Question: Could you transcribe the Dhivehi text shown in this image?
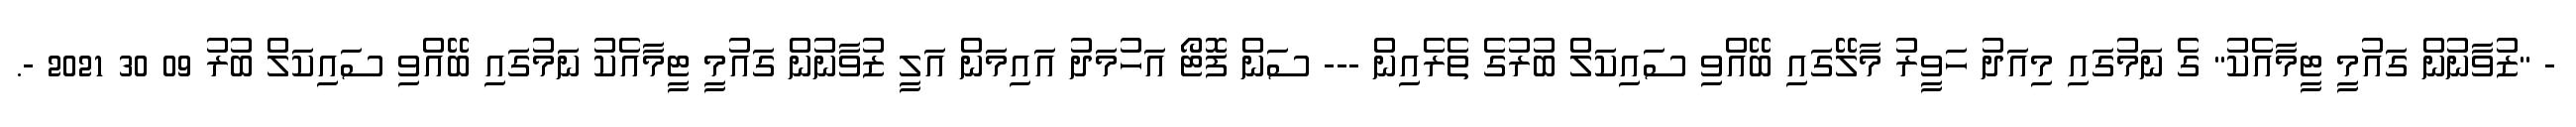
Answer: - "ޒުވާނުން ގައުމީ ޓީމާއެކު" ގެ ނަމުގައި މިއަދު ހަވީރު މާލޭގައި ބޭއްވި ސައިކަލް ބުރުގެ ތެރެއިން --- ސަން ފޮޓޯ އަހުމަދު އައިމަން އަލީ ޒުވާނުން ގައުމީ ޓީމާއެކު ނަމުގައި ބޭއްވި ސައިކަލް ބުރު 09 30 2021 -.